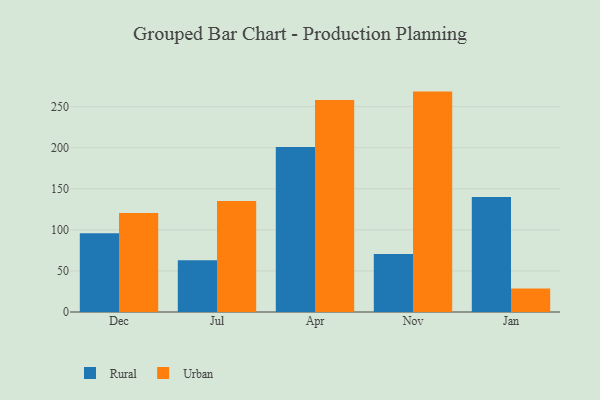
{"axis": {"x": "Month", "y": "Waste Production (Tons)"}, "legend": ["Rural", "Urban"], "data": [{"x": "Dec", "y": 95.8, "type": "Rural"}, {"x": "Dec", "y": 120.5, "type": "Urban"}, {"x": "Jul", "y": 63.0, "type": "Rural"}, {"x": "Jul", "y": 135.2, "type": "Urban"}, {"x": "Apr", "y": 201.0, "type": "Rural"}, {"x": "Apr", "y": 258.2, "type": "Urban"}, {"x": "Nov", "y": 70.6, "type": "Rural"}, {"x": "Nov", "y": 268.3, "type": "Urban"}, {"x": "Jan", "y": 140.0, "type": "Rural"}, {"x": "Jan", "y": 28.6, "type": "Urban"}]}